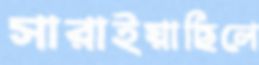
সারাইয়াছিলে